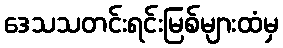
ဒေသသတင်းရင်းမြစ်များထံမှ